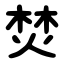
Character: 焚